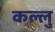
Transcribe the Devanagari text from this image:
कल्लु